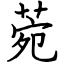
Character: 菀